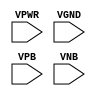
module sky130_fd_sc_hd__tapvpwrvgnd (
    VPWR,
    VGND,
    VPB ,
    VNB
);

    // Module ports
    input VPWR;
    input VGND;
    input VPB ;
    input VNB ;
     // No contents.
endmodule